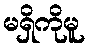
မရှိကိုမူ